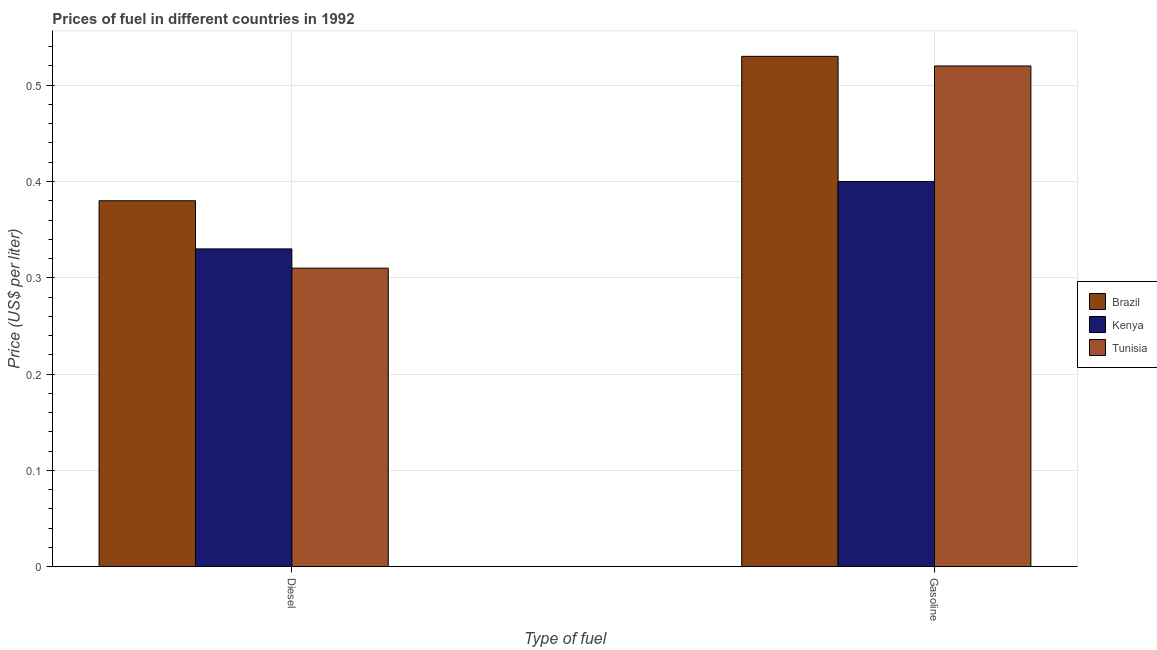
| Type of fuel | Brazil | Kenya | Tunisia |
 | --- | --- | --- | --- |
 | Diesel | 0.38 | 0.33 | 0.31 |
 | Gasoline | 0.53 | 0.4 | 0.52 |